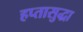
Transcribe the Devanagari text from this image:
हप्तासुद्धा